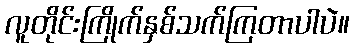
လူတိုင်းကြိုက်နှစ်သက်ကြတာပါပဲ။